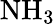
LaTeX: \textrm{NH}_{3}